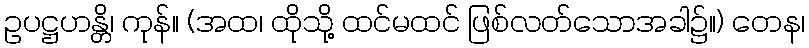
ဥပဋ္ဌဟန္တိ၊ ကုန်။ (အထ၊ ထိုသို့ ထင်မထင် ဖြစ်လတ်သောအခါ၌။) တေန၊